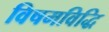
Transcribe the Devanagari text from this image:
विषमविद्धि